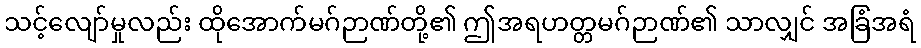
သင့်လျော်မှုလည်း ထိုအောက်မဂ်ဉာဏ်တို့၏ ဤအရဟတ္တမဂ်ဉာဏ်၏ သာလျှင် အခြံအရံ